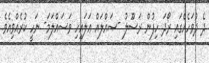
ދެ ދުވަހެއްގައި ރޯދަ ހިފުން ރަސޫލު -ޞައްލައް ޢަލައިހި ވަސައްލަމަ- ނަހީ ކުރެއްވިއެވެ.